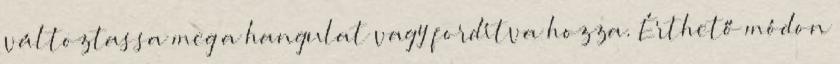
változtassa meg a hangulat vagy fordítva hozza. Érthető módon